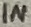
Text: IN